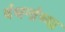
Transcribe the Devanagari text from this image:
बंधनांच्या